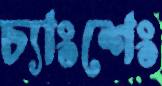
চ্যাংশেং